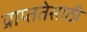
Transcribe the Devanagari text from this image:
प्राप्ततेसाठी